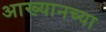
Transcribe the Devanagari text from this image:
आख्यानच्या